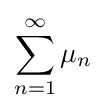
\sum _{n=1}^{\infty }\mu _{n}